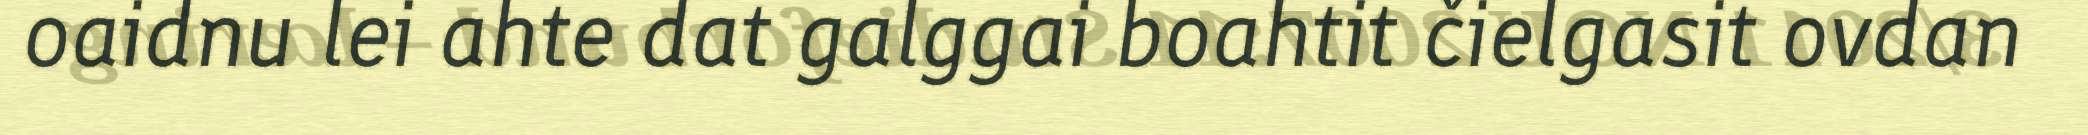
oaidnu lei ahte dat galggai boahtit čielgasit ovdan